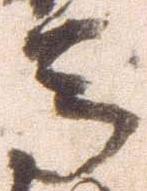
馬